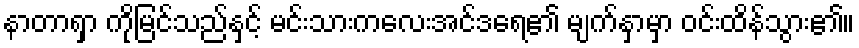
နာတာရှာ ကိုမြင်သည်နှင့် မင်းသားကလေးအင်ဒရေ၏ မျက်နှာမှာ ဝင်းထိန်သွား၏။